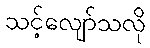
သင့်လျော်သလို